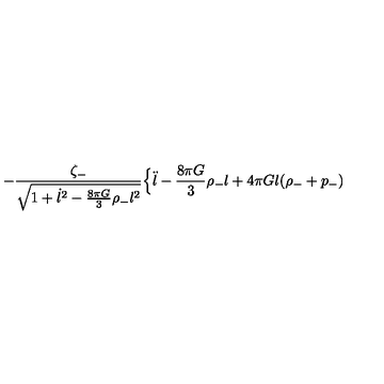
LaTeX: - \frac { \zeta _ { - } } { \sqrt { 1 + \dot { l } ^ { 2 } - \frac { 8 \pi G } { 3 } \rho _ { - } l ^ { 2 } } } \Bigl \{ \ddot { l } - \frac { 8 \pi G } { 3 } \rho _ { - } l + 4 \pi G l ( \rho _ { - } + p _ { - } )